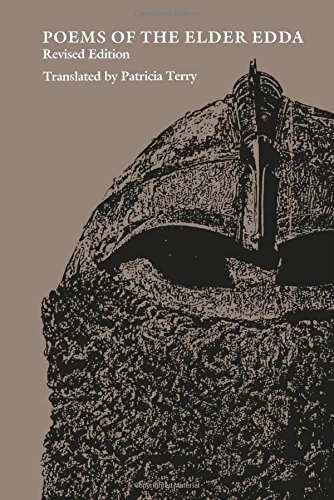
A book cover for Poems of the Elder Edda (The Middle Ages Series); Literature & Fiction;